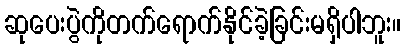
ဆုပေးပွဲကိုတက်ရောက်နိုင်ခဲ့ခြင်းမရှိပါဘူး။